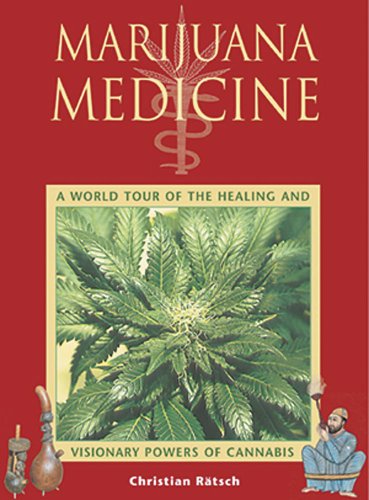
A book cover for Marijuana Medicine: A World Tour of the Healing and Visionary Powers of Cannabis; Christian RÃ¤tsch; Medical Books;